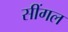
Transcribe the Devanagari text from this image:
सींगल